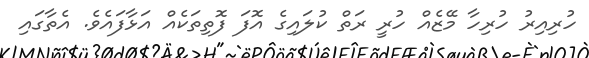
ހުރިއިރު ހުރިހާ މޭޒެއް ހުރީ ރަތް ކުލައިގެ އޮފަ ފޮތިތަކެއް އަޅާފައެވެ. އެތާގައި